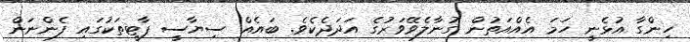
ހިންގާ އުޅެނީ ހަމަ އެއްއަތުން ގުނާލެވޭވަރުގެ އަދަދެކެވެ. ބައެއް ސިޔާސީ ޕާޓީތަކުގައި ފެންނަން